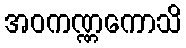
အဝကဏ္ဏကောသိ